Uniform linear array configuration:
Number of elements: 32
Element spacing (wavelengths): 1
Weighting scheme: hann
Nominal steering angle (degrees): -30
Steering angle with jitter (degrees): -31.761
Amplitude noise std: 0.05
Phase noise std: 0.05

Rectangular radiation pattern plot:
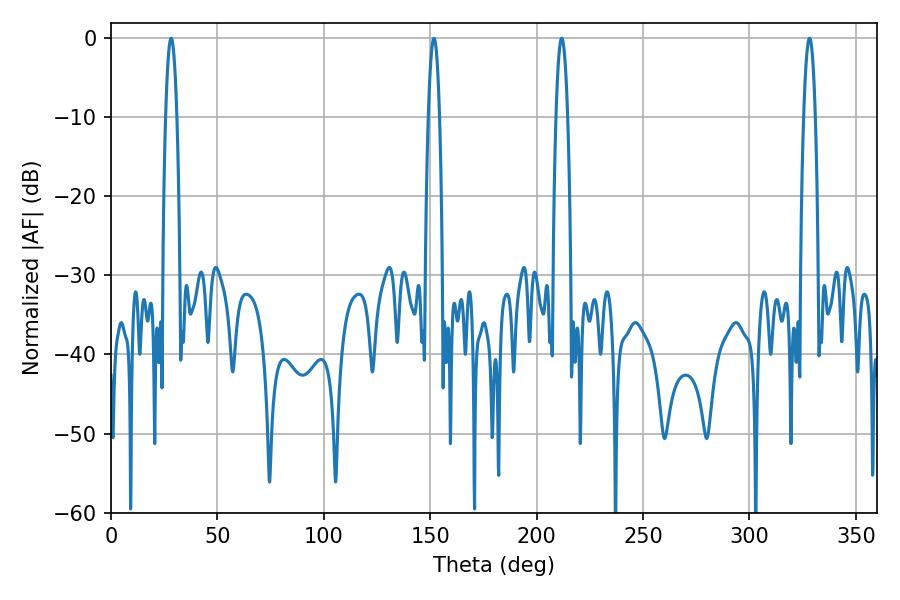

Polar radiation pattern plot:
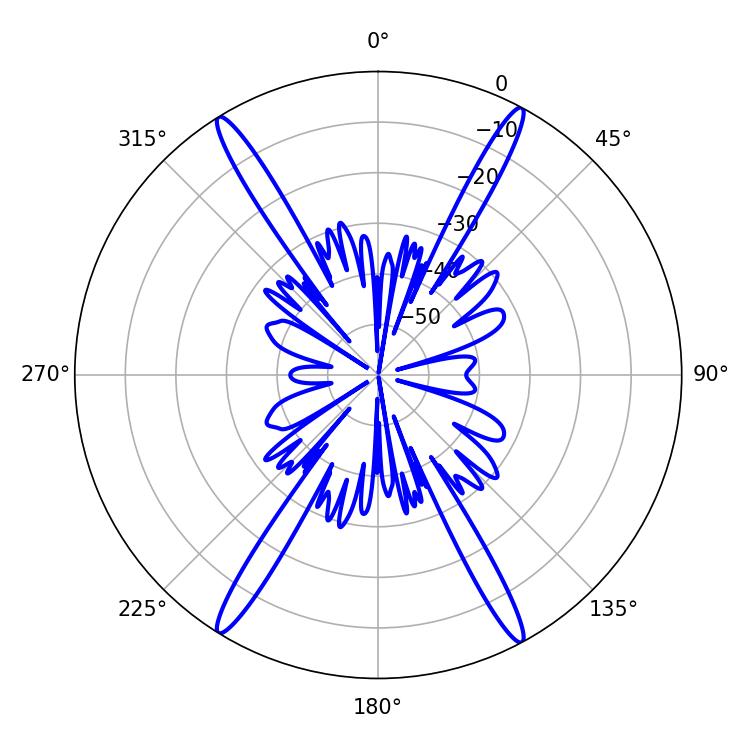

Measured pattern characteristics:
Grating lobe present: TRUE
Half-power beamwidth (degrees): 2.88
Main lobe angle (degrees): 28.26